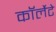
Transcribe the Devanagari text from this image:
कॉर्लेटे